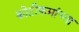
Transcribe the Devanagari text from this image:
कोटीक्रमांच्या